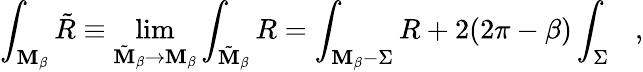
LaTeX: \int_{{\cal\mathbf{M}}_{\beta}}{\tilde{{R}}}\equiv\operatorname*{lim}_{{\tilde{{\cal\mathbf{M}}}}_{\beta}\rightarrow{\cal\mathbf{M}}_{\beta}}\int_{{\tilde{{\cal\mathbf{M}}}}_{\beta}}R=\int_{{\cal\mathbf{M}}_{\beta}-\Sigma}R+2(2\pi-\beta)\int_{\Sigma}~~~,